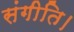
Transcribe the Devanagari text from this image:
संगीति।